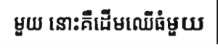
មួយ នោះគឺដើមឈើធំមួយ